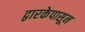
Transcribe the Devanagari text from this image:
द्वारकेपासून